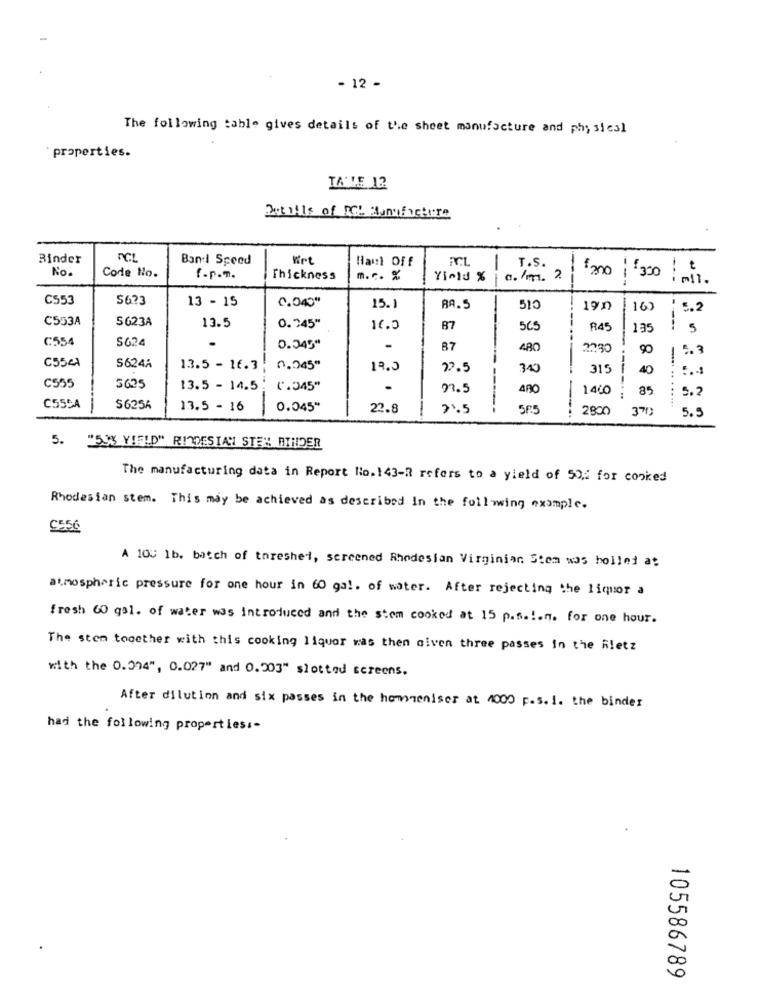
- 12 -
The following table gives details of the sheet manufacture and physical
properties.
TA'LE 12
Details of RGe donufacture
.
Binder
nCL
Band Speed
Hant Off
FCL
-
No.
T.S.
Code No.
f-P.m.
Thickness
m.c. x
Yield %
a. /m. 2.
fano 1 330 .
C553
5673
13 - 15
0.040"
15.]
RA. 5
510
190
16)
: 5.2
C553A
S623A
13.5
0.245"
16.0
87
565
R45
135
: 5
C554
$624
0.345"
87
480
2230
90
C55cl
S624A
13.5 - 16. 3
0.045"
19.0
22.5
315
---
40
C555
5625
13.5 - 14.5
(.345"
97.5
400
1460
85
5.2
C55SA
S6256
13.5 - 16
0.045"
22.8
7.5
--
585
2800
370
5.5
5.
"59% YIELD" RIODESIAY STE" BINDER
The manufacturing data in Report No.143-2 refers to a yield of 50: for cooked
Rhodesian stem. This may be achieved as described In the following example.
C556
A 100 1b. batch of threshet, screened Rhodesian Virginian Stem was holled at
atmospheric pressure for one hour in 60 ga !. of water. After rejecting the liquor a
fresh 60 gal. of water was introduced and the stem cooked at 15 p.s .!. n. for one hour.
The stem together with this cooking liquor was then civen three passes in the Rletz
with the 0.994", 0.027" and 0.503" slotted screens.
After dilution and six passes in the hommeniser at 4000 p.s. I. the binder
had the following properties :-
-
20
105586789